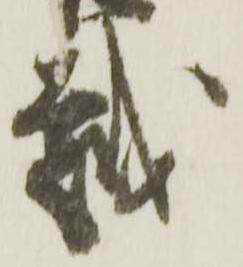
越